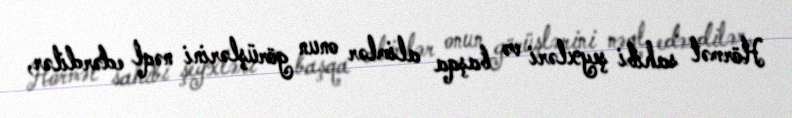
Hörmət sahibi şeyxləri və başqa alimlər onun görüşlərini nəql edərdilər,